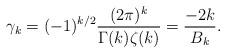
LaTeX: \begin{align*} \gamma_k = (-1)^{k/2} \frac{(2 \pi )^k}{\Gamma(k) \zeta(k)} = \frac{-2k}{B_k}.\end{align*}